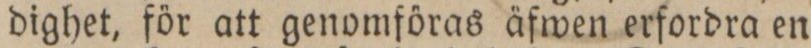
dighet, för att genomföras äfwen erfordra en